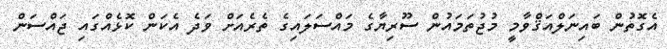
އެގޮތުން ބައިނަލްއަޤްވާމީ މުޖުތަމައުން ސޫރިޔާގެ މައްސަލައިގެ ތެރެއަށް ވަދެ އެކަން ކޮޅެއްގައި ޖައްސަން